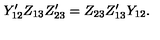
Y _ { 1 2 } ^ { \prime } Z _ { 1 3 } Z _ { 2 3 } ^ { \prime } = Z _ { 2 3 } Z _ { 1 3 } ^ { \prime } Y _ { 1 2 } .